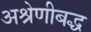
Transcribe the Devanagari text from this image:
अश्रेणीबद्ध